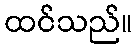
ထင်သည်။